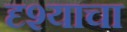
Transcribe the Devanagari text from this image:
दृश्याचा